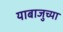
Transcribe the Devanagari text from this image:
याबाजुच्या